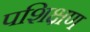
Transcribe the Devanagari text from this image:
पशिक्षण